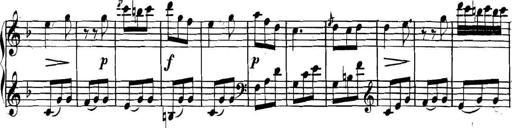
Title: Collected Piano Sonatas
Composer: Muzio Clementi